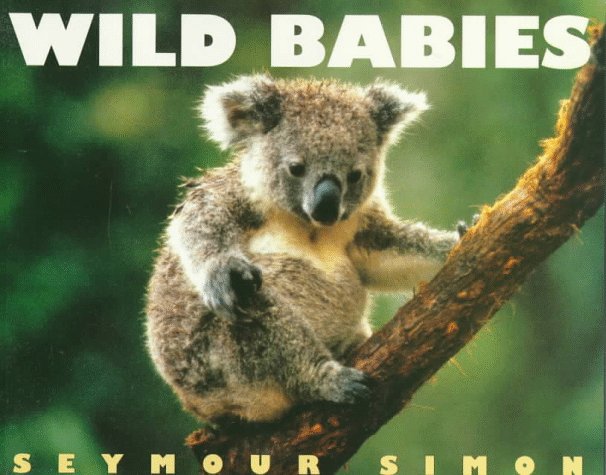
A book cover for Wild Babies; Seymour Simon; Children's Books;